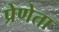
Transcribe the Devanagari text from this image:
प्रेणेता